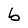
Character: b